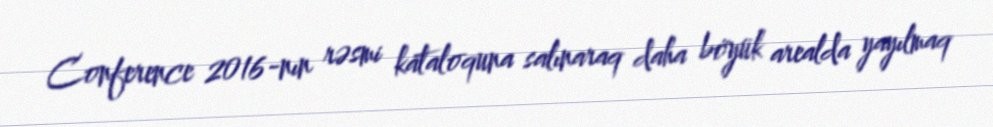
Conference 2016-nın rəsmi kataloquna salınaraq daha böyük arealda yayılmaq